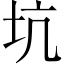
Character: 坑